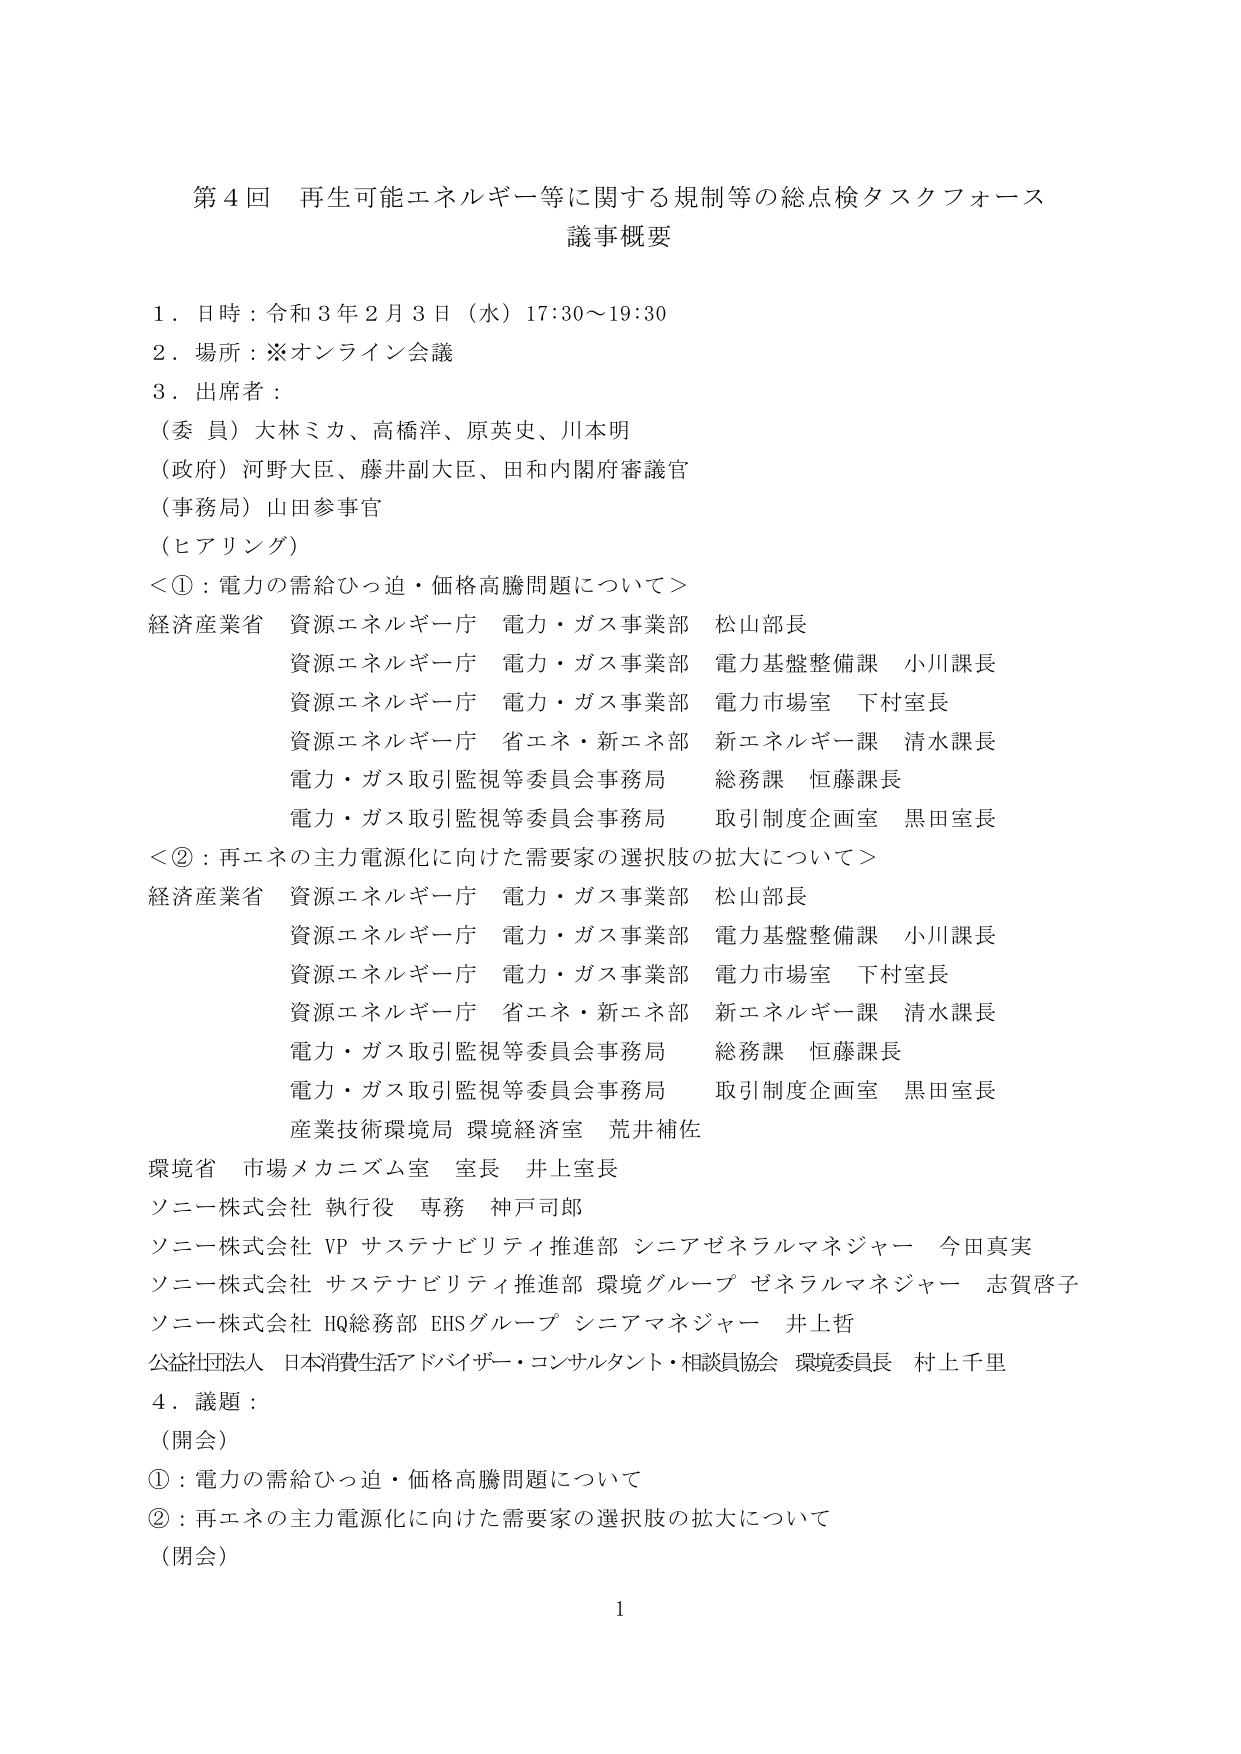
第４回 再生可能エネルギー等に関する規制等の総点検タスクフォース
議事概要

１．日時：令和３年２月３日（水）17:30～19:30
２．場所：※オンライン会議
３．出席者：
（委員）大林ミカ、高橋洋、原英史、川本明
（政府）河野大臣、藤井副大臣、田和内閣府審議官
（事務局）山田参事官
（ヒアリング）
＜①：電力の需給ひっ迫・価格高騰問題について＞
経済産業省 資源エネルギー庁 電力・ガス事業部 松山部長
　　　　　資源エネルギー庁 電力・ガス事業部 電力基盤整備課 小川課長
　　　　　資源エネルギー庁 電力・ガス事業部 電力市場室 下村室長
　　　　　資源エネルギー庁 省エネ・新エネ部 新エネルギー課 清水課長
　　　　　電力・ガス取引監視等委員会事務局 総務課 恒藤課長
　　　　　電力・ガス取引監視等委員会事務局 取引制度企画室 黒田室長
＜②：再エネの主力電源化に向けた需要家の選択肢の拡大について＞
経済産業省 資源エネルギー庁 電力・ガス事業部 松山部長
　　　　　資源エネルギー庁 電力・ガス事業部 電力基盤整備課 小川課長
　　　　　資源エネルギー庁 電力・ガス事業部 電力市場室 下村室長
　　　　　資源エネルギー庁 省エネ・新エネ部 新エネルギー課 清水課長
　　　　　電力・ガス取引監視等委員会事務局 総務課 恒藤課長
　　　　　電力・ガス取引監視等委員会事務局 取引制度企画室 黒田室長
　　　　　産業技術環境局 環境経済室 荒井補佐
環境省 市場メカニズム室 室長 井上室長
ソニー株式会社 執行役 専務 神戸司郎
ソニー株式会社 VP サステナビリティ推進部 シニアゼネラルマネジャー 今田真実
ソニー株式会社 サステナビリティ推進部 環境グループ ゼネラルマネジャー 志賀啓子
ソニー株式会社 HQ総務部 EHSグループ シニアマネジャー 井上哲
公益社団法人 日本消費生活アドバイザー・コンサルタント・相談員協会 環境委員長 村上千里
４．議題：
（開会）
①：電力の需給ひっ迫・価格高騰問題について
②：再エネの主力電源化に向けた需要家の選択肢の拡大について
（閉会）
1